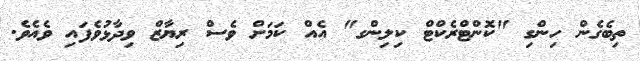
ތިބެގެން ހިންގި "ކޮންޓްރެކްޓް ކިލިންގ" އެއް ކަމަށް ވެސް ރިޔާޒް ވިދާޅުވެފައި ވެއެވެ.